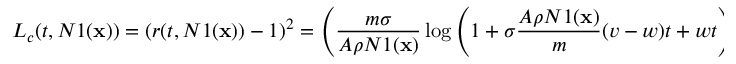
L _ { c } ( t , N 1 ( \mathbf { x } ) ) = \left( r ( t , N 1 ( \mathbf { x } ) ) - 1 \right) ^ { 2 } = \left( \frac { m \sigma } { A \rho N 1 ( \mathbf { x } ) } \log \left( 1 + \sigma \frac { A \rho N 1 ( \mathbf { x } ) } { m } ( v - w ) t + w t \right) + r _ { 0 } - 1 \right) ^ { 2 } ,